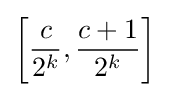
\left[{\frac {c}{2^{k}}},{\frac {c+1}{2^{k}}}\right]